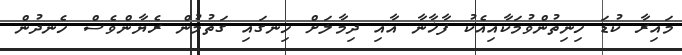
މައިރާ ކުޑަ ހިނިތުންވުމަކާއިއެކު ފާޚާނާ އާއި ދިމާލަށް ހިނގައި ގަތުމުން ރެޔާންވެސް ހެނދުން